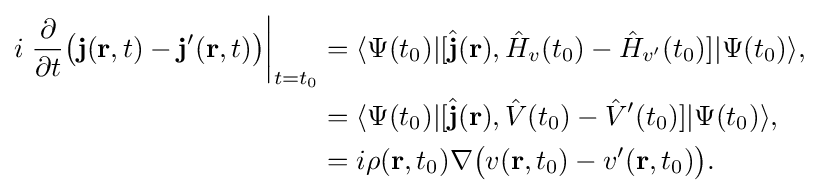
{\begin{aligned}i\left.{\frac {\partial }{\partial t}}{\big (}\mathbf {j} (\mathbf {r} ,t)-\mathbf {j} '(\mathbf {r} ,t){\big )}\right|_{t=t_{0}}&=\langle \Psi (t_{0})|[{\hat {\mathbf {j} }}(\mathbf {r} ),{\hat {H}}_{v}(t_{0})-{\hat {H}}_{v'}(t_{0})]|\Psi (t_{0})\rangle ,\\&=\langle \Psi (t_{0})|[{\hat {\mathbf {j} }}(\mathbf {r} ),{\hat {V}}(t_{0})-{\hat {V}}'(t_{0})]|\Psi (t_{0})\rangle ,\\&=i\rho (\mathbf {r} ,t_{0})\nabla {\big (}v(\mathbf {r} ,t_{0})-v'(\mathbf {r} ,t_{0}){\big )}.\end{aligned}}